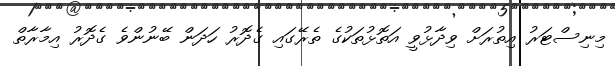
މިނިސްޓަރު އިތުރަށް ވިދާޅުވީ އަތޮޅުތަކުގެ ތެރޭގައި ގެދޮރު ހަދަން ބޭނުންވެ ގެދޮރު އިމާރާތް